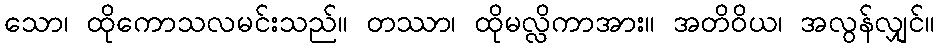
သော၊ ထိုကောသလမင်းသည်။ တဿာ၊ ထိုမလ္လိကာအား။ အတိဝိယ၊ အလွန်လျှင်။